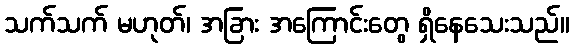
သက်သက် မဟုတ်၊ အခြား အကြောင်းတွေ ရှိနေသေးသည်။